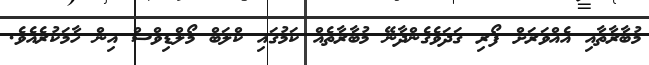
މުބާރާތާއި އެއްވަރަށް ފޯރި ގަދަވެގެންދާނޭ މުބާރާތެއް ކަމުގައި ކްލަބް މޯލްޑިވްސް އިން ހާމަކުރެއެވެ.